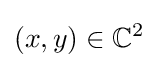
(x,y)\in \mathbb {C} ^{2}